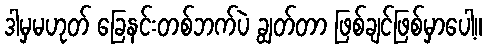
ဒါမှမဟုတ် ခြေနင်းတစ်ဘက်ပဲ ချွတ်တာ ဖြစ်ချင်ဖြစ်မှာပေါ့။